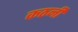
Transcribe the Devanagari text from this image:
कठनी